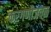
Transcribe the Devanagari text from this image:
करगणीजवळ